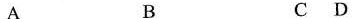
A B C D